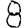
Digit: 8